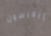
إيمرسون